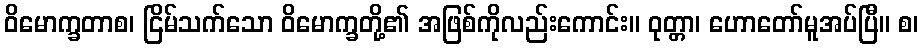
ဝိမောက္ခတာစ၊ ငြိမ်သက်သော ဝိမောက္ခတို့၏ အဖြစ်ကိုလည်းကောင်း။ ဝုတ္တာ၊ ဟောတော်မူအပ်ပြီ။ စ၊